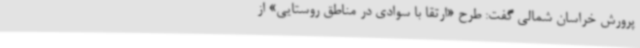
پرورش خراسان شمالی گفت: طرح «ارتقا با سوادی در مناطق روستایی» از